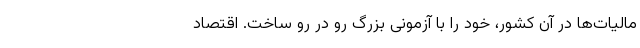
مالیات‌ها در آن کشور، خود را با آزمونی بزرگ رو در رو ساخت. اقتصاد